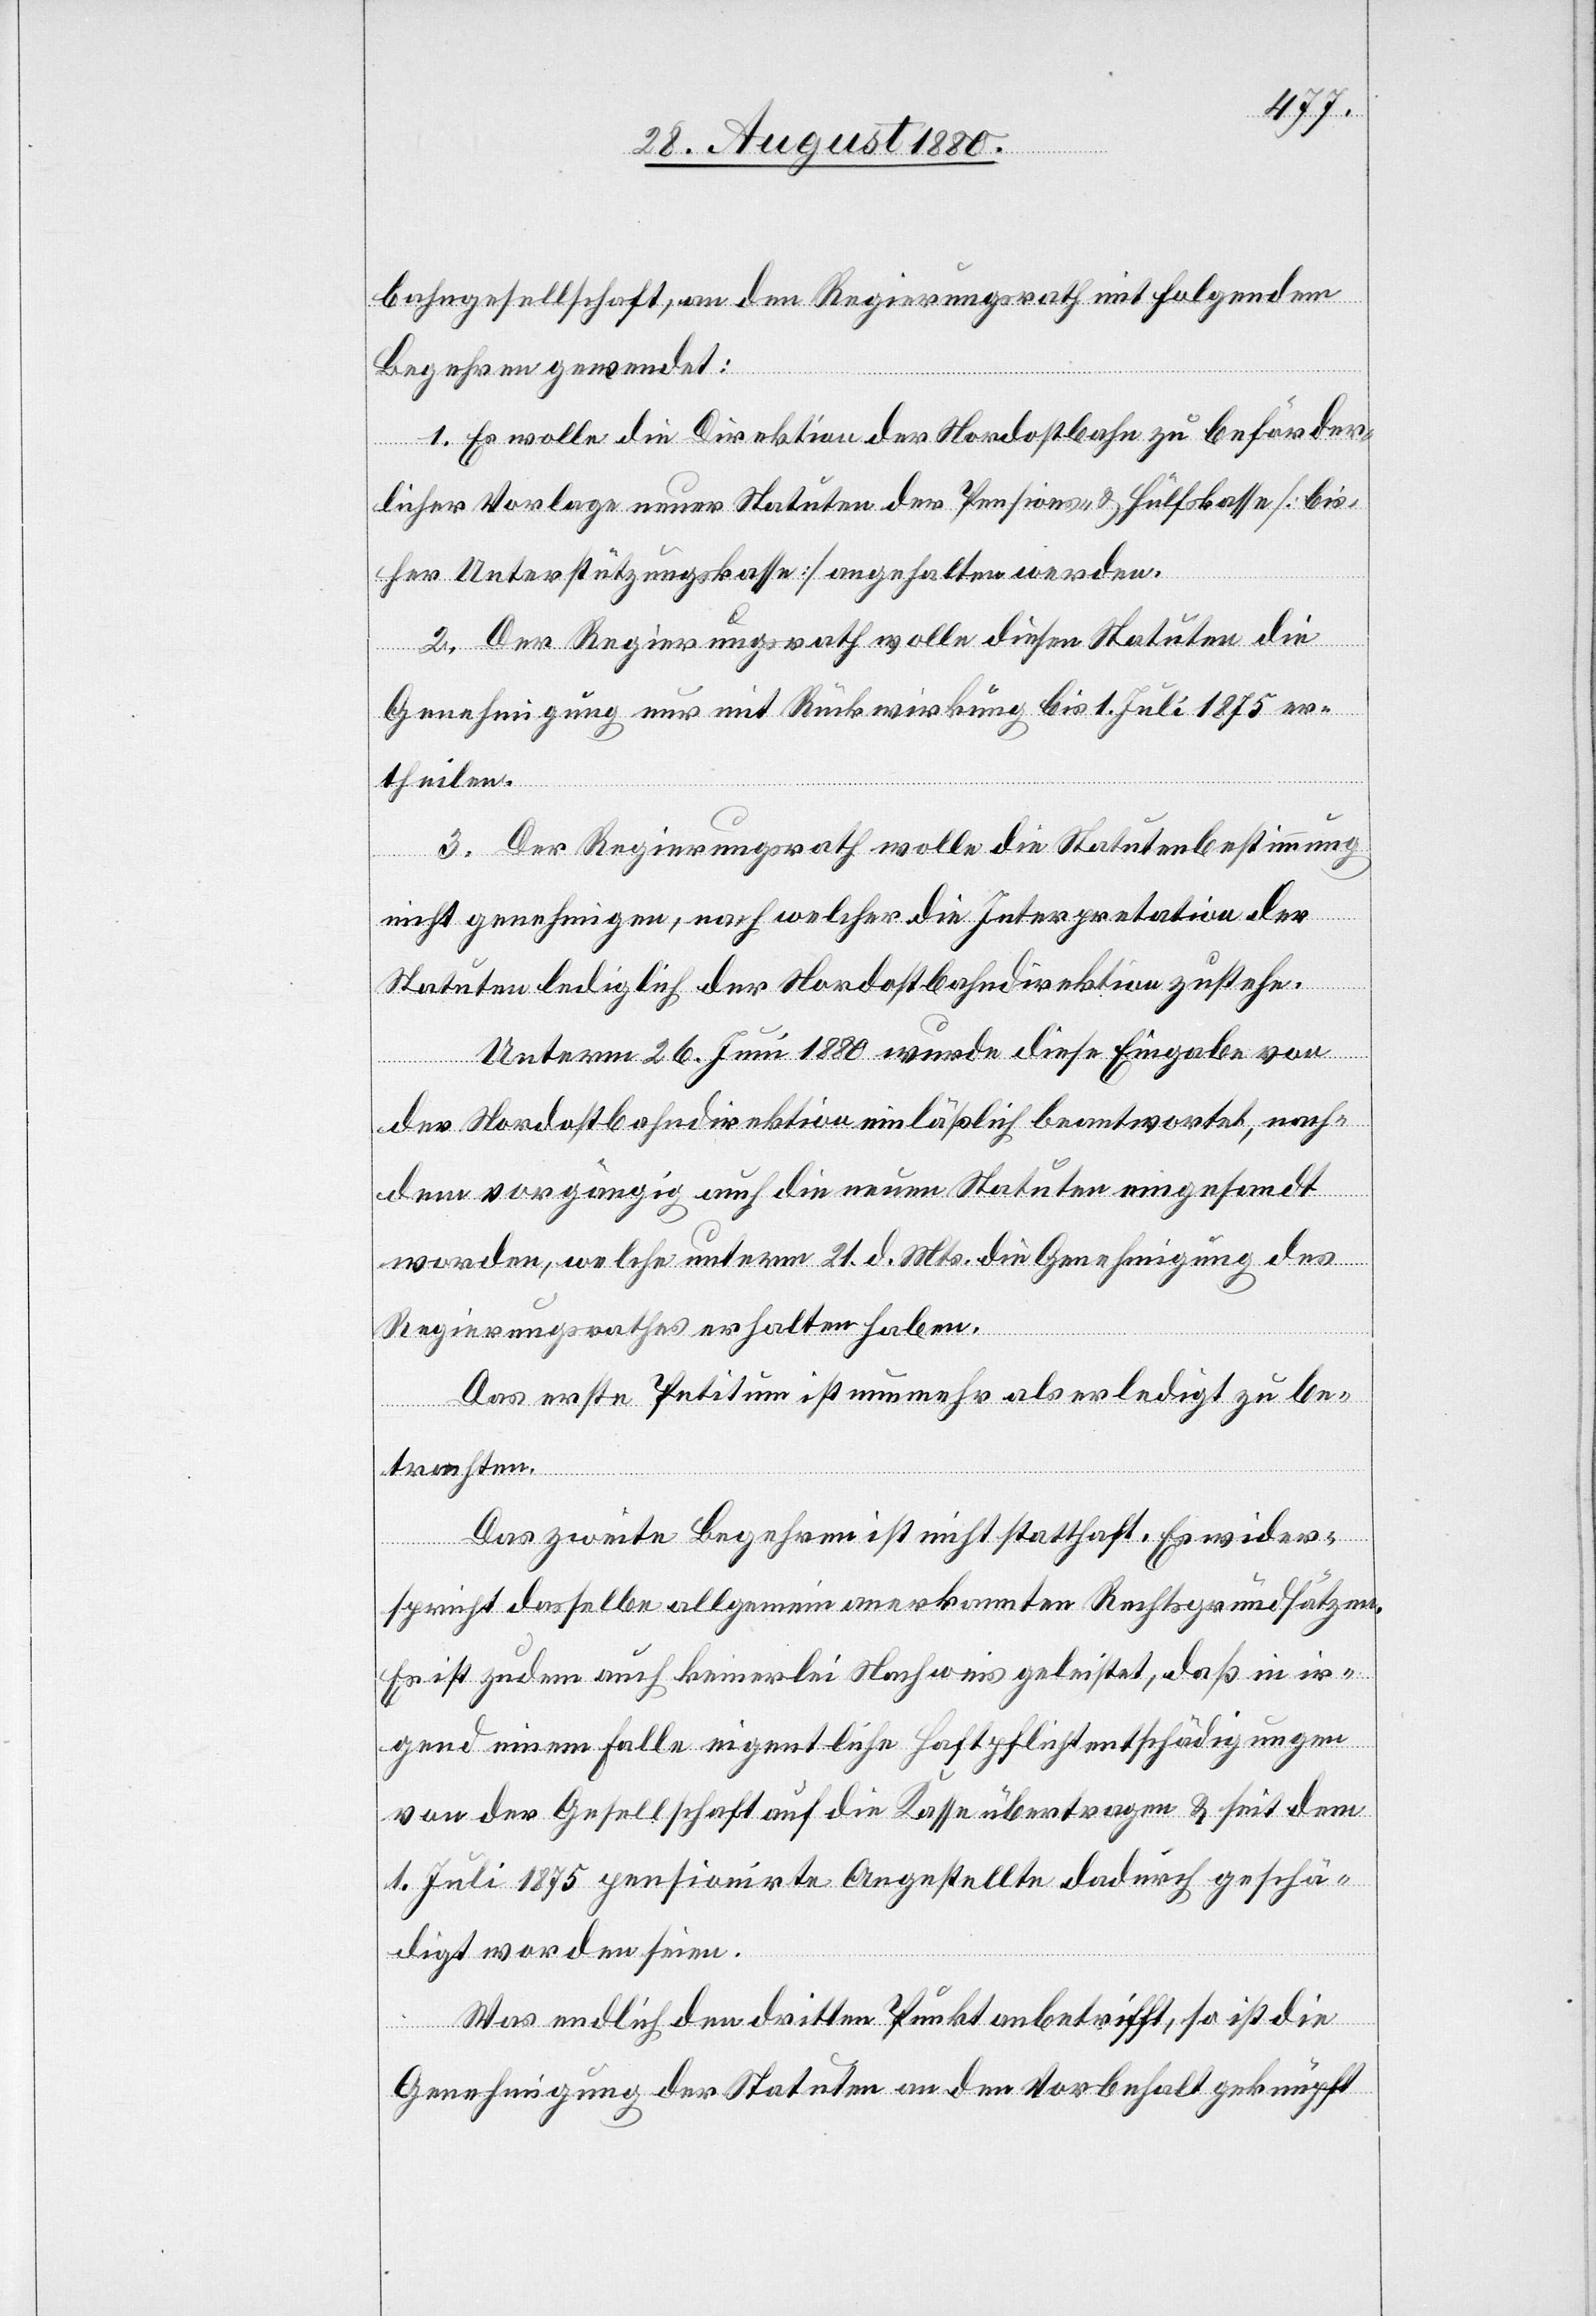
bahngesellschaft, an den Regierungsrath mit folgendem
Begehren gewendet:
1. Es wolle die Direktion der Nordostbahn zu beförder¬
licher Vorlage neuer Statuten der Pensions- & Hülfskasse [bis¬
her Unterstützungskasse] angehalten werden.
2. Der Regierungsrath wolle diesen Statuten die
Genehmigung nur mit Rückwirkung bis 1. Juli 1875 er¬
theilen.
3. Der Regierungsrath wolle die Statutenbestimmung
nicht genehmigen, nach welcher die Interpretation der
Statuen lediglich der Nordostbahndirektion zustehe.
Unterm 26. Juni 1880 wurde diese Eingabe von
der Nordostbahndirektion einläßlich beantwortet, nach¬
dem vorgängig auch die neuen Statuten eingesandt
worden, welche unterm 21. d. Mts. die Genehmigung des
Regierungsrathes erhalten haben.
Das erste Petitum ist nunmehr als erledigt zu be¬
trachten.
Das zweite Begehren ist nicht statthaft. Es wider¬
spricht dasselbe allgemein anerkannten Rechtsgrundsätzen.
Es ist zudem auch keinerlei Nachweis geleistet, daß in ir¬
gendeinem Falle eigentliche Haftpflichtentschädigungen
von der Gesellschaft auf die Kasse übertragen & seit dem
1. Juli 1875 pensionirte Angestellte dadurch geschä¬
digt worden seien.
Was endlich den dritten Punkt anbetrifft, so ist die
Genehmigung der Statuten an den Vorbehalt geknüpft